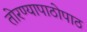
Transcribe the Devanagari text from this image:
तोरण्यापाठोपाठ